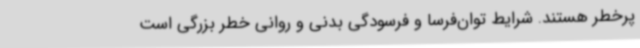
پرخطر هستند. شرایط توان‌فرسا و فرسودگی بدنی و روانی خطر بزرگی است